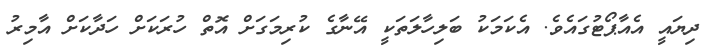
ދިޔައީ އެއާޕޯޓުގައެވެ. އެކަމަކު ބަލިހާލަތަކީ އޭނާގެ ކުރިމަގަށް އޮތް ހުރަކަށް ހަދާކަށް އާމިރު